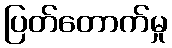
ပြတ်တောက်မှု